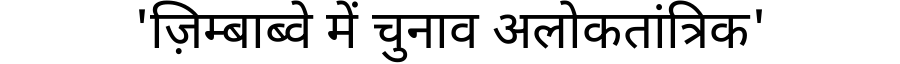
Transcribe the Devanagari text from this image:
'ज़िम्बाब्वे में चुनाव अलोकतांत्रिक'